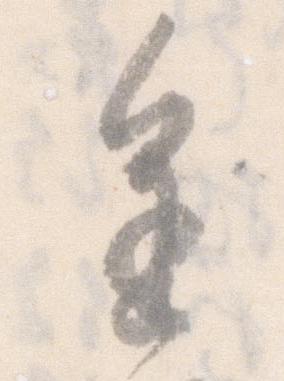
進